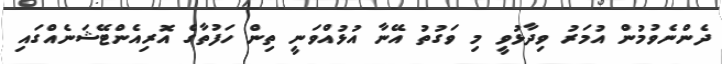
ދެންނެވުމުން އުމަރު ވިދާޅުވީ މި ވަގުތު އޭނާ އުޅުއްވަނީ ތިން ހަފުތާގެ އޮރިއެންޓޭޝަނެއްގައި